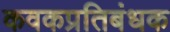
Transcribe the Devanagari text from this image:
कवकप्रतिबंधक